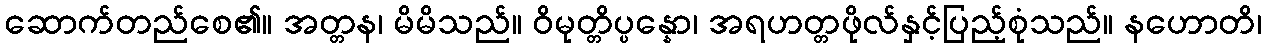
ဆောက်တည်စေ၏။ အတ္တန၊ မိမိသည်။ ဝိမုတ္တိပ္ပန္နော၊ အရဟတ္တဖိုလ်နှင့်ပြည့်စုံသည်။ နဟောတိ၊